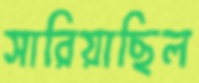
সারিয়াছিল